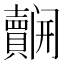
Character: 𮚬